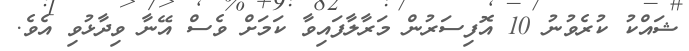
ޝައްކު ކުރެވުނު 10 އޮފިސަރުން މަރާލާފައިވާ ކަމަށް ވެސް އޭނާ ވިދާޅުވި އެވެ.